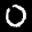
Label: 0